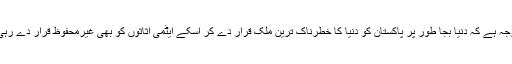
یہی وجہ ہے کہ دنیا بجا طور پر پاکستان کو دنیا کا خطرناک ترین ملک قرار دے کر اسکے ایٹمی اثاثوں کو بھی غیرمحفوظ قرار دے رہی ہے۔